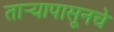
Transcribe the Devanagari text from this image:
तार्‍यापासूनचे